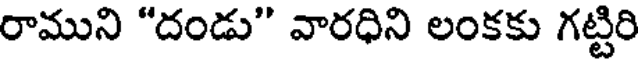
రాముని "దండు" వారధిని లంకకు గట్టిరి